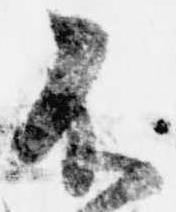
不